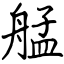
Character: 艋